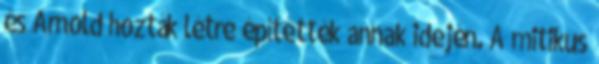
és Arnold hozták létre építették annak idején. A mitikus